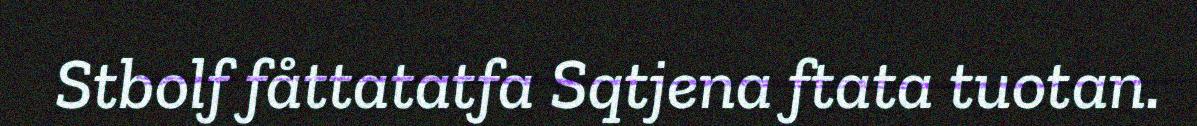
Stbolf fåttatatfa Sqtjena ftata tuotan.